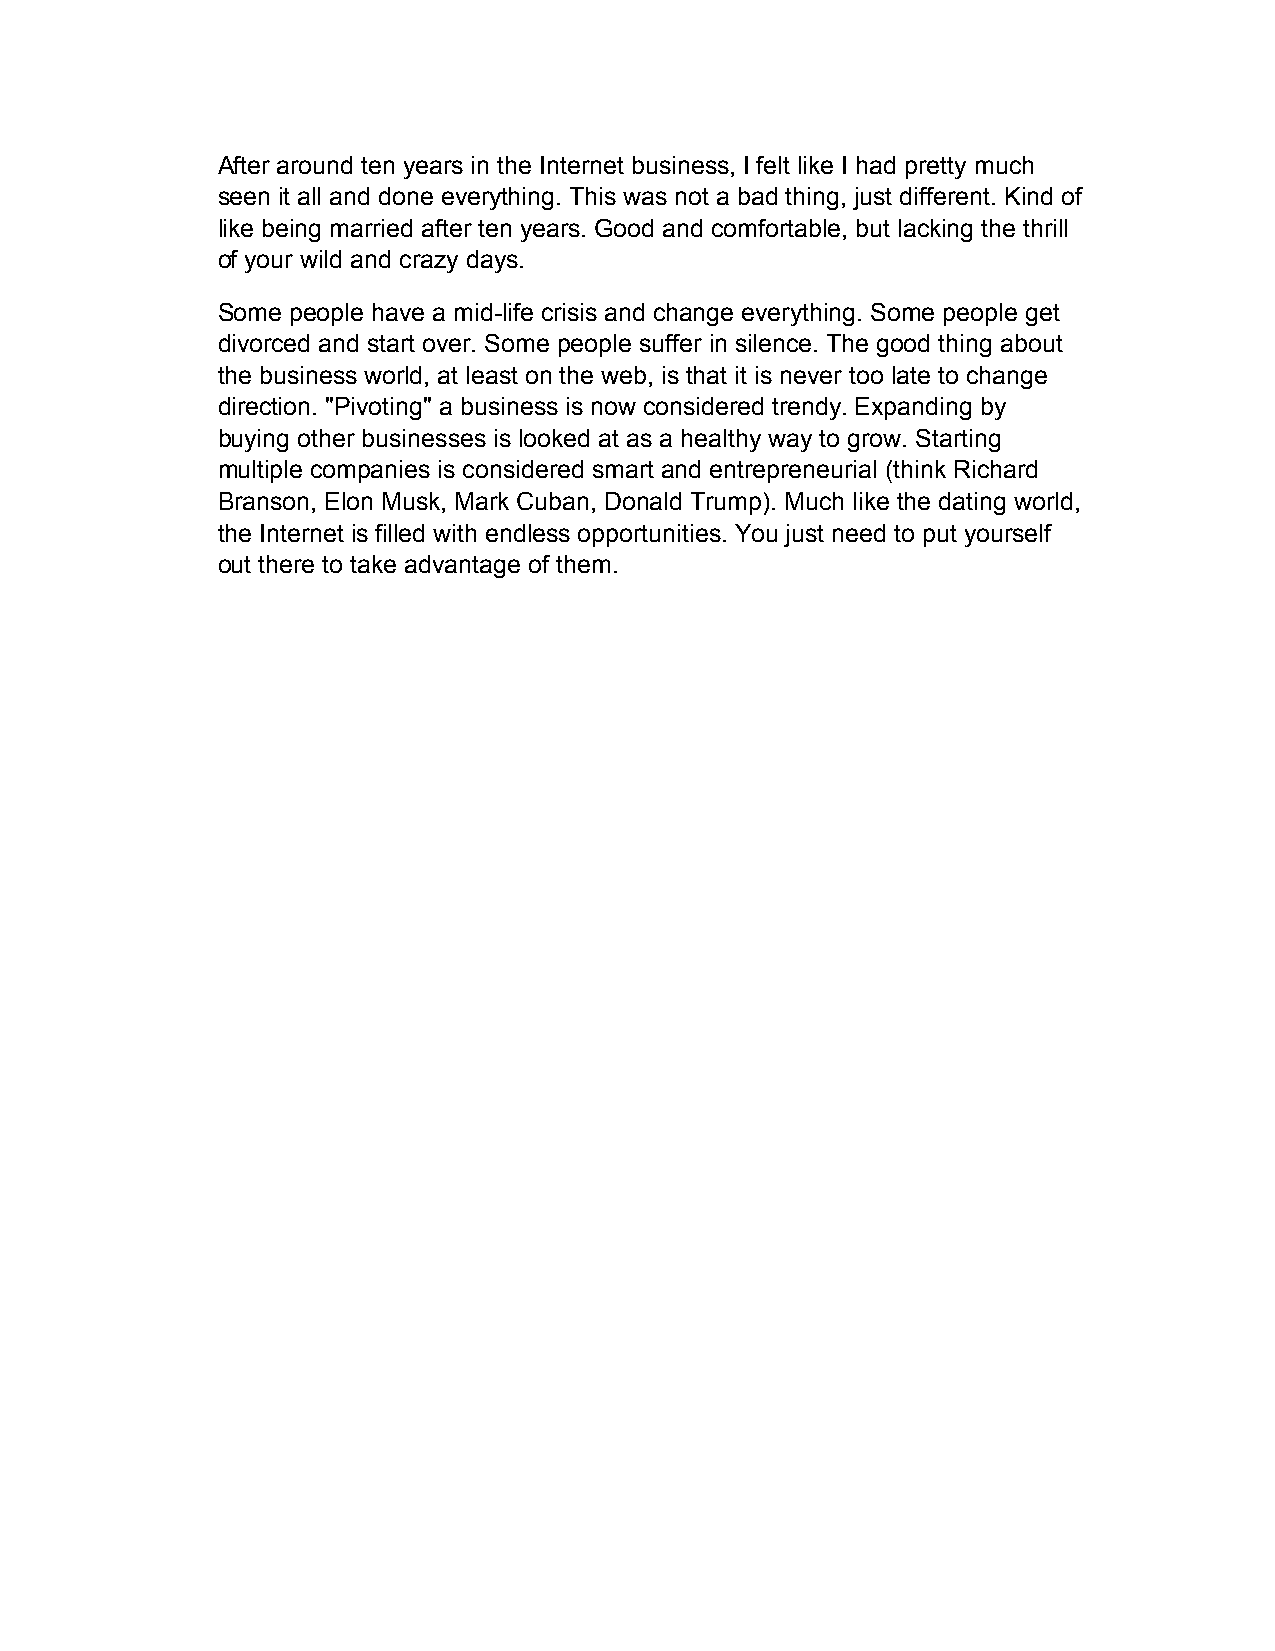
After around ten years in the Internet business, I felt like I had pretty much
 seen it all and done everything. This was not a bad thing, just different. Kind of
 like being married after ten years. Good and comfortable, but lacking the thrill
 of your wild and crazy days.
 Some people have a mid-life crisis and change everything. Some people get
 divorced and start over. Some people suffer in silence. The good thing about
 the business world, at least on the web, is that it is never too late to change
 direction. "Pivoting" a business is now considered trendy. Expanding by
 buying other businesses is looked at as a healthy way to grow. Starting
 multiple companies is considered smart and entrepreneurial (think Richard
 Branson, Elon Musk, Mark Cuban, Donald Trump). Much like the dating world,
 the Internet is filled with endless opportunities. You just need to put yourself
 out there to take advantage of them.